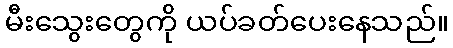
မီးသွေးတွေကို ယပ်ခတ်ပေးနေသည်။